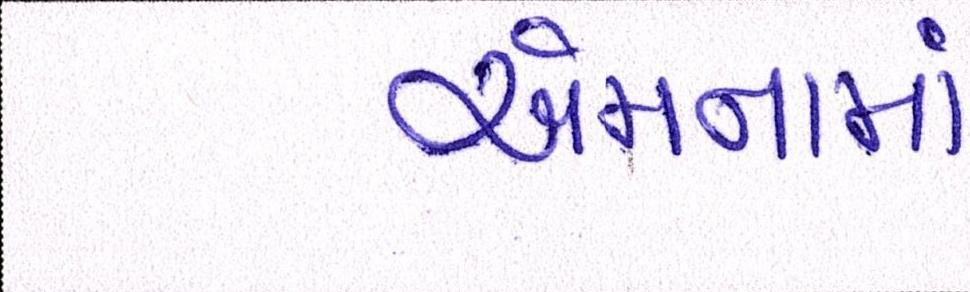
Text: એમનામાં